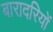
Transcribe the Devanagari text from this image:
बारादरियों